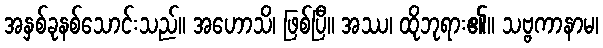
အနှစ်ခုနစ်သောင်းသည်။ အဟောသိ၊ ဖြစ်ပြီ။ အဿ၊ ထိုဘုရား၏။ သဗ္ဗကာနာမ၊